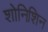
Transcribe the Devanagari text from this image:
शोनिशिन